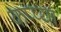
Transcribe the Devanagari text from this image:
कप्प्या